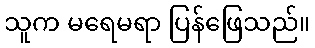
သူက မရေမရာ ပြန်ဖြေသည်။